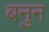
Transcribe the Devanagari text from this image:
बनुन